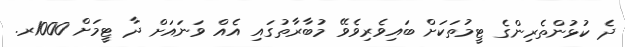
ދެ ކުޅުންތެރިންގެ ޓީމުތަކަށް ބައިވެރިވެވޭ މުބާރާތުގައި އެއް ވަނައަށް ދާ ޓީމަށް 1000ރ.